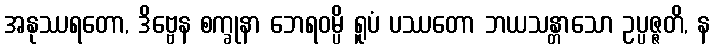
အနုဿရတော, ဒိဗ္ဗေန စက္ခုနာ ဘေရဝမ္ပိ ရူပံ ပဿတော ဘယသန္တာသော ဥပ္ပဇ္ဇတိ, န